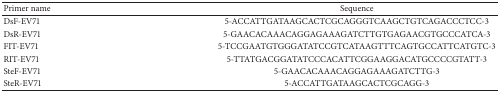
| Primer name | Sequence |
 | --- | --- |
 | DsF-EV71 | 5-ACCATTGATAAGCACTCGCAGGGTCAAGCTGTCAGACCCTCC-3 |
 | DsR-EV71 | 5-GAACACAAACAGGAGAAAGATCTTGTGAGAACGTGCCCATCA-3 |
 | FIT-EV71 | 5-TCCGAATGTGGGATATCCGTCATAAGTTTCAGTGCCATTCATGTC-3 |
 | RIT-EV71 | 5-TTATGACGGATATCCCACATTCGGAAGGACATGCCCCGTATT-3 |
 | SteF-EV71 | 5-GAACACAAACAGGAGAAAGATCTTG-3 |
 | SteR-EV71 | 5-ACCATTGATAAGCACTCGCAGG-3 |